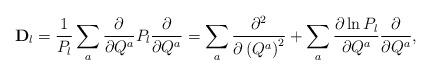
LaTeX: \begin{align*}{\mathbf D}_{l}=\frac{1}{P_{l}}\sum_{a}\frac{\partial}{\partial Q^{a}}P_{l}\frac{\partial}{\partial Q^{a}}= \sum_{a}\frac{\partial^{2}}{\partial \left(Q^{a}\right)^{2}}+ \sum_{a}\frac{\partial \ln P_{l}}{\partial Q^{a}}\frac{\partial}{\partial Q^{a}},\end{align*}